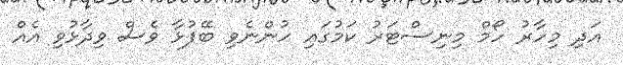
އަދި މިހާރު ހޯމް މިނިސްޓަރު ކަމުގައި ހުންނެވި ބޭފުޅާ ވެސް ވިދާޅުވި އެއް